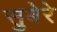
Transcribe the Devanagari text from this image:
सुबेरे